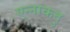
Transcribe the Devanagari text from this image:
एन्नाकदु